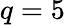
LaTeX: q=5